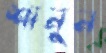
শানুন